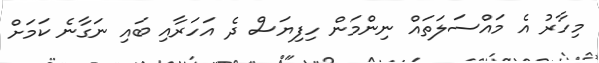
މިހާރު އެ މައްސަލަތައް ނިންމަން ހިފިޔަސް ދެ އަހަރާއި ބައި ނަގާނެ ކަމަށް